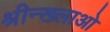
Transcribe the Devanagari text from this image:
श्रीन्ख्लाओ